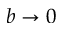
b \rightarrow 0